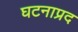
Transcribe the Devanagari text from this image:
घटनाप्रद